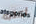
أكتبه